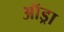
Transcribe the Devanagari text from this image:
ऑड्रा